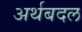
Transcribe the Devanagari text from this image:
अर्थबदल